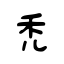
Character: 禿